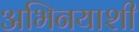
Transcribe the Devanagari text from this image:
अभिनयाशी